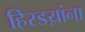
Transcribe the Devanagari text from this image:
हिरडय़ांना